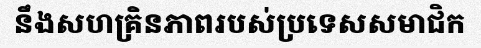
នឹងសហគ្រិនភាពរបស់ប្រទេសសមាជិក